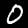
Label: 0